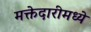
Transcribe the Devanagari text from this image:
मक्तेदारीमध्ये